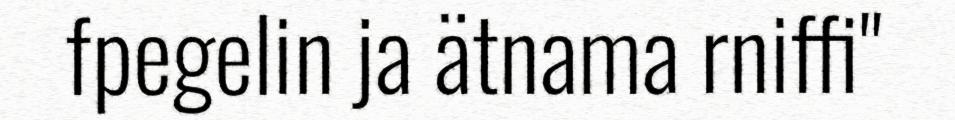
fpegelin ja ätnama rniffi"